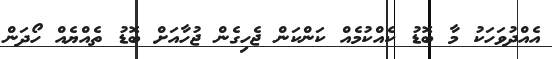
އެއްދުވަހަކު މާ ބޮޑު ކެއްކުމެއް ކަންކަން ޖެހިގެން ޖުހާއަށް ބޮޑު ތެއްޔެއް ހޯދަން